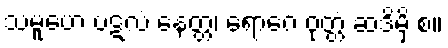
သမူဟေ ပဋလံ နေတ္တ၊ ရောဂေ ဝုတ္တံ ဆဒိမှိ စ။